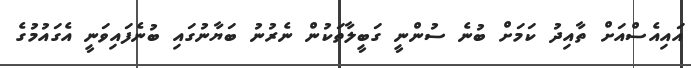
އައިއެސްއަށް ތާއިދު ކަމަށް ބުނެ ސުންނީ ގަބީލާތަކުން ނެރުނު ބަޔާނުގައި ބުނެފައިވަނީ އެގައުމުގެ